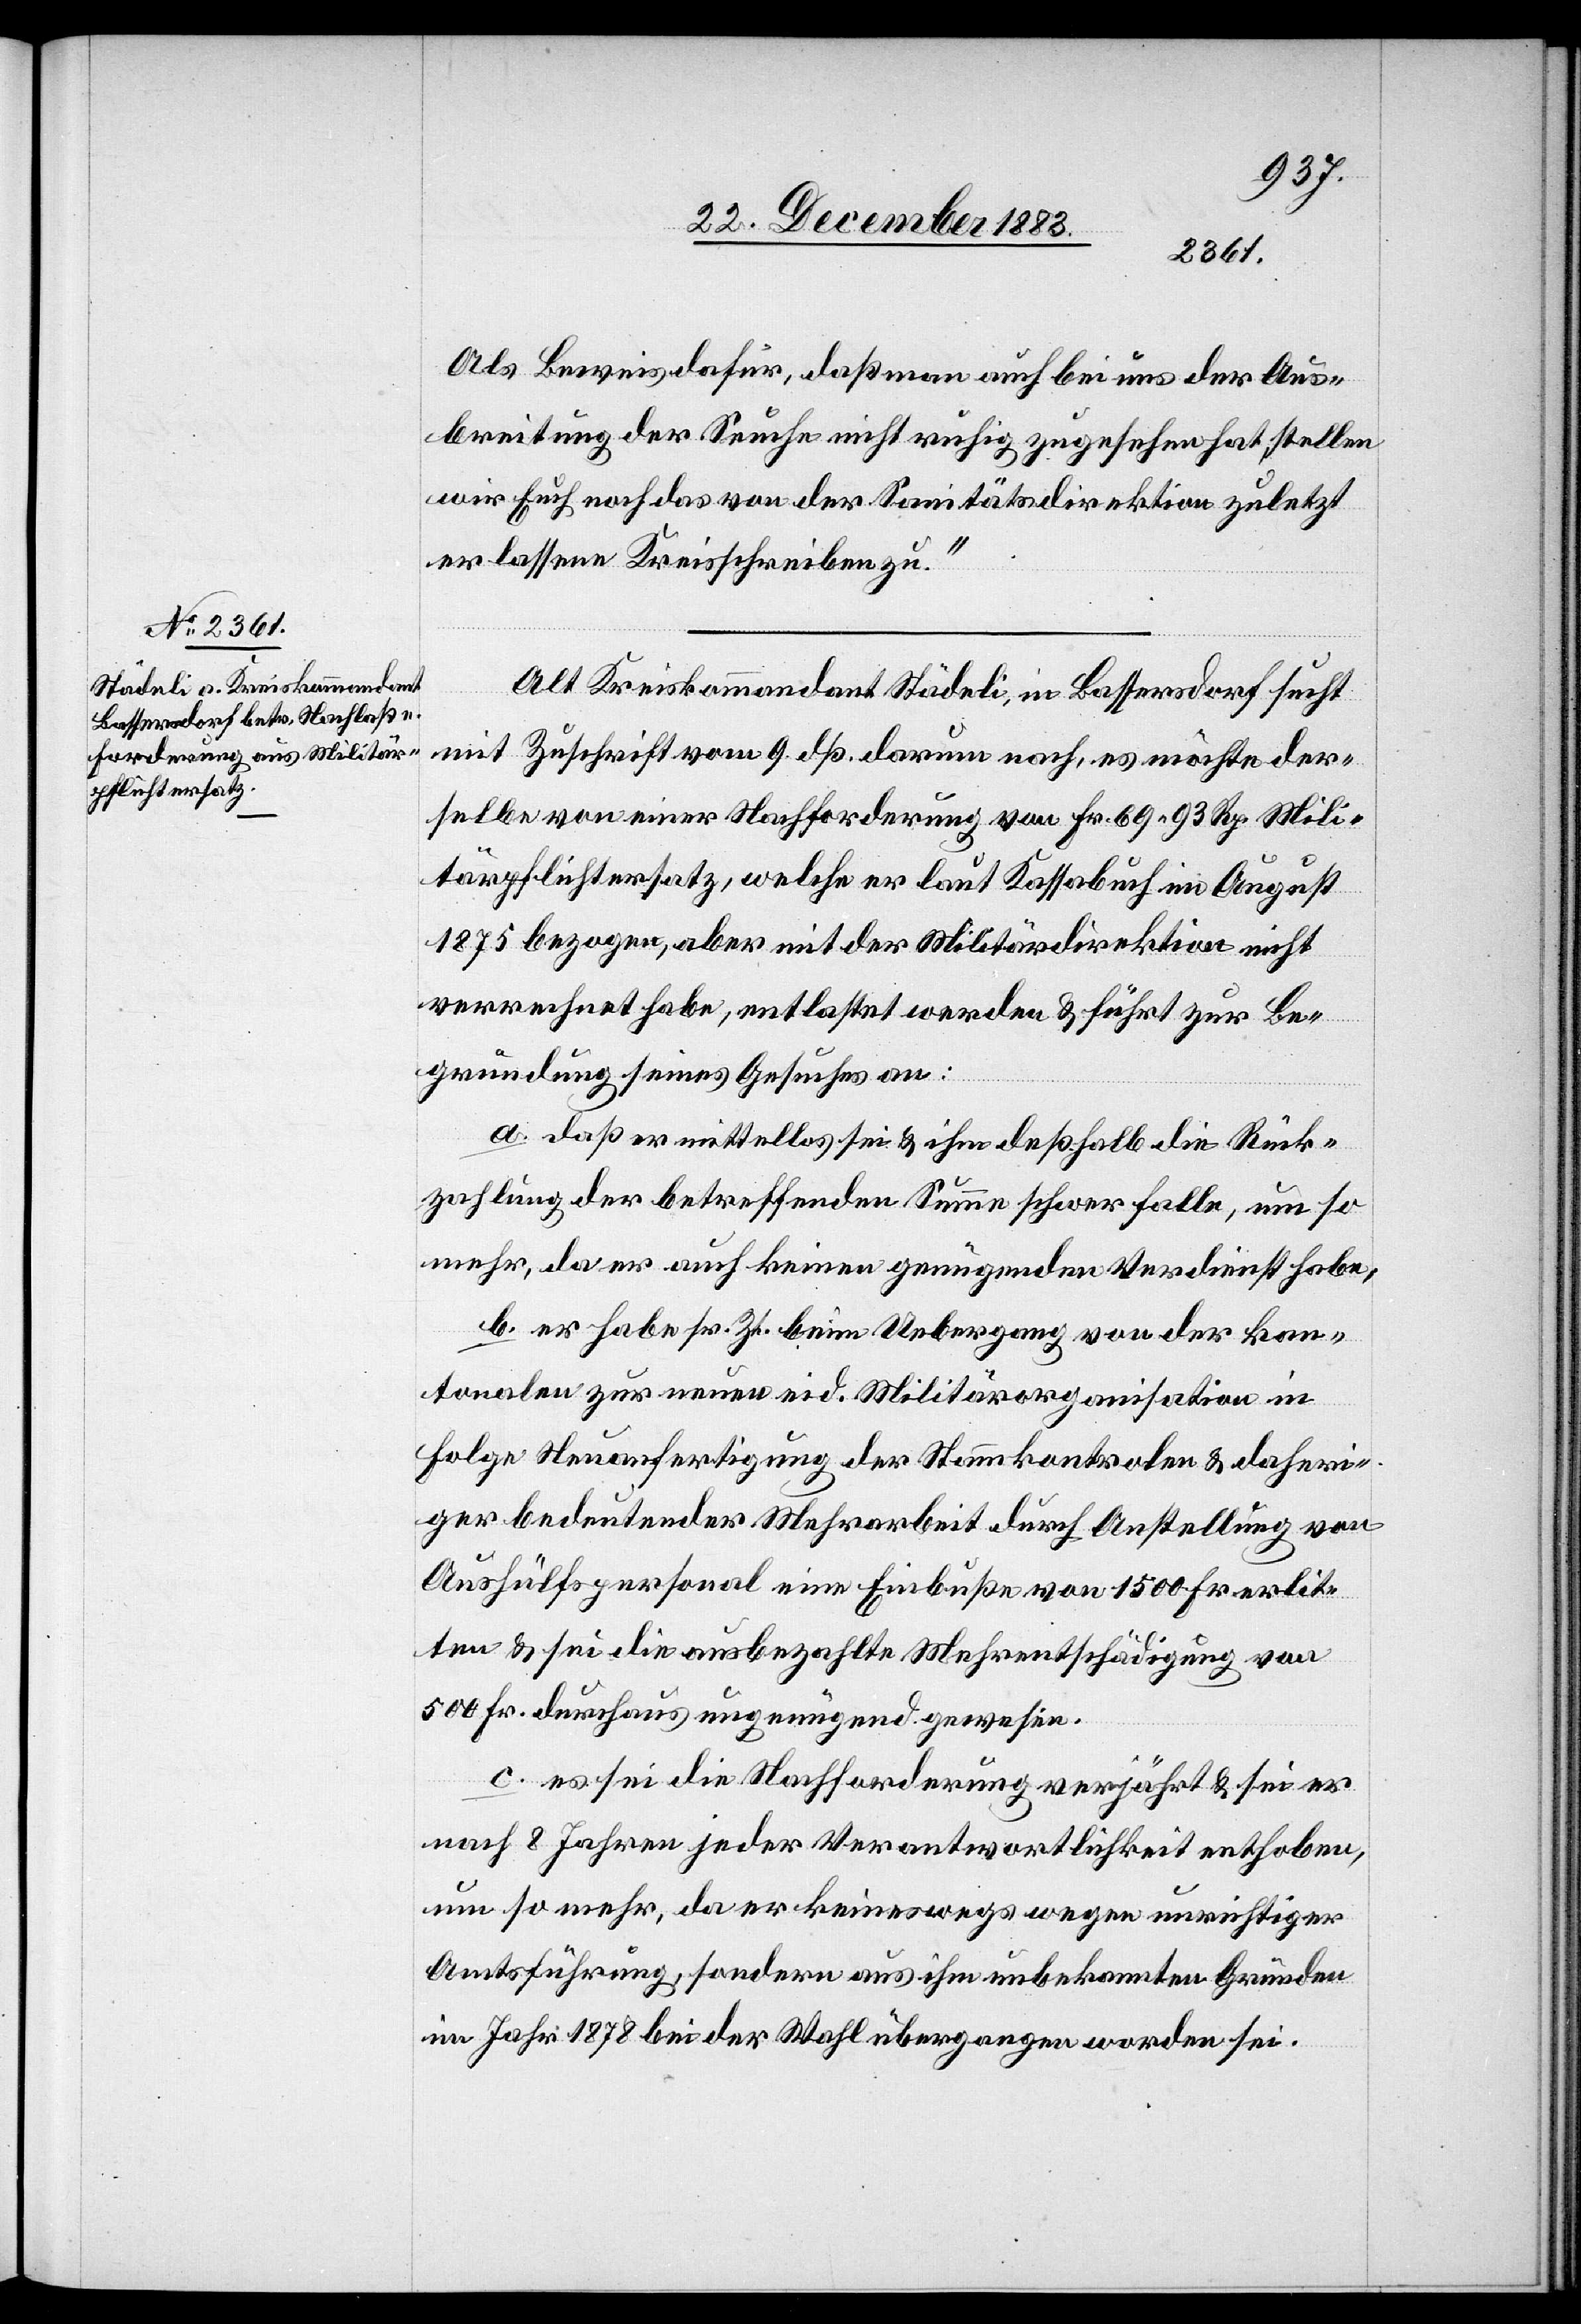
Als Beweis dafür, daß man auch bei uns der Aus¬
breitung der Seuche nicht ruhig zugesehen hat, stellen
wir Euch noch das von der Sanitätsdirektion zuletzt
erlassene Kreisschrieben zu.“
Alt Kreiskommandant Städeli, in Bassersdorf sucht
mit Zuschrift vom 9. dß. darum nach, es möchte der¬
selbe von einer Nachforderung von Fr. 69 93 Rp. Mili¬
tärpflichtersatz, welche er laut Kassabuch im August
1875 bezogen, aber mit der Militärdirektion nicht
verrechnet habe, entlastet werden & führt zur Be¬
gründung seines Gesuches an:
a. daß er mittellos sei & ihm deßhalb die Rück¬
zahlung der betreffenden Summe schwer falle, um so
mehr, da er auch keinen genügenden Verdienst habe,
b. er habe sr. Zt. beim Uebergang von der kan¬
tonalen zur neuen eid. Militärorganisation in
Folge Neuanfertigung der Stammkontrolen & daheri¬
ger bedeutender Mehrarbeit durch Anstellung von
Aushülfspersonal eine Einbuße von 1500 Fr. erlit¬
ten & sei die ausbezahlte Mehrentschädigung von
500 Fr. durchaus ungenügend gewesen.
c. es sei die Nachforderung verjährt & sei er
nach 8 Jahren jeder Verantwortlichkeit enthoben,
um so mehr, da er keineswegs wegen unrichtiger
Amtsführungen, sondern aus ihm unbekannten Gründen
im Jahr 1878 bei der Wahl übergangen worden sei.